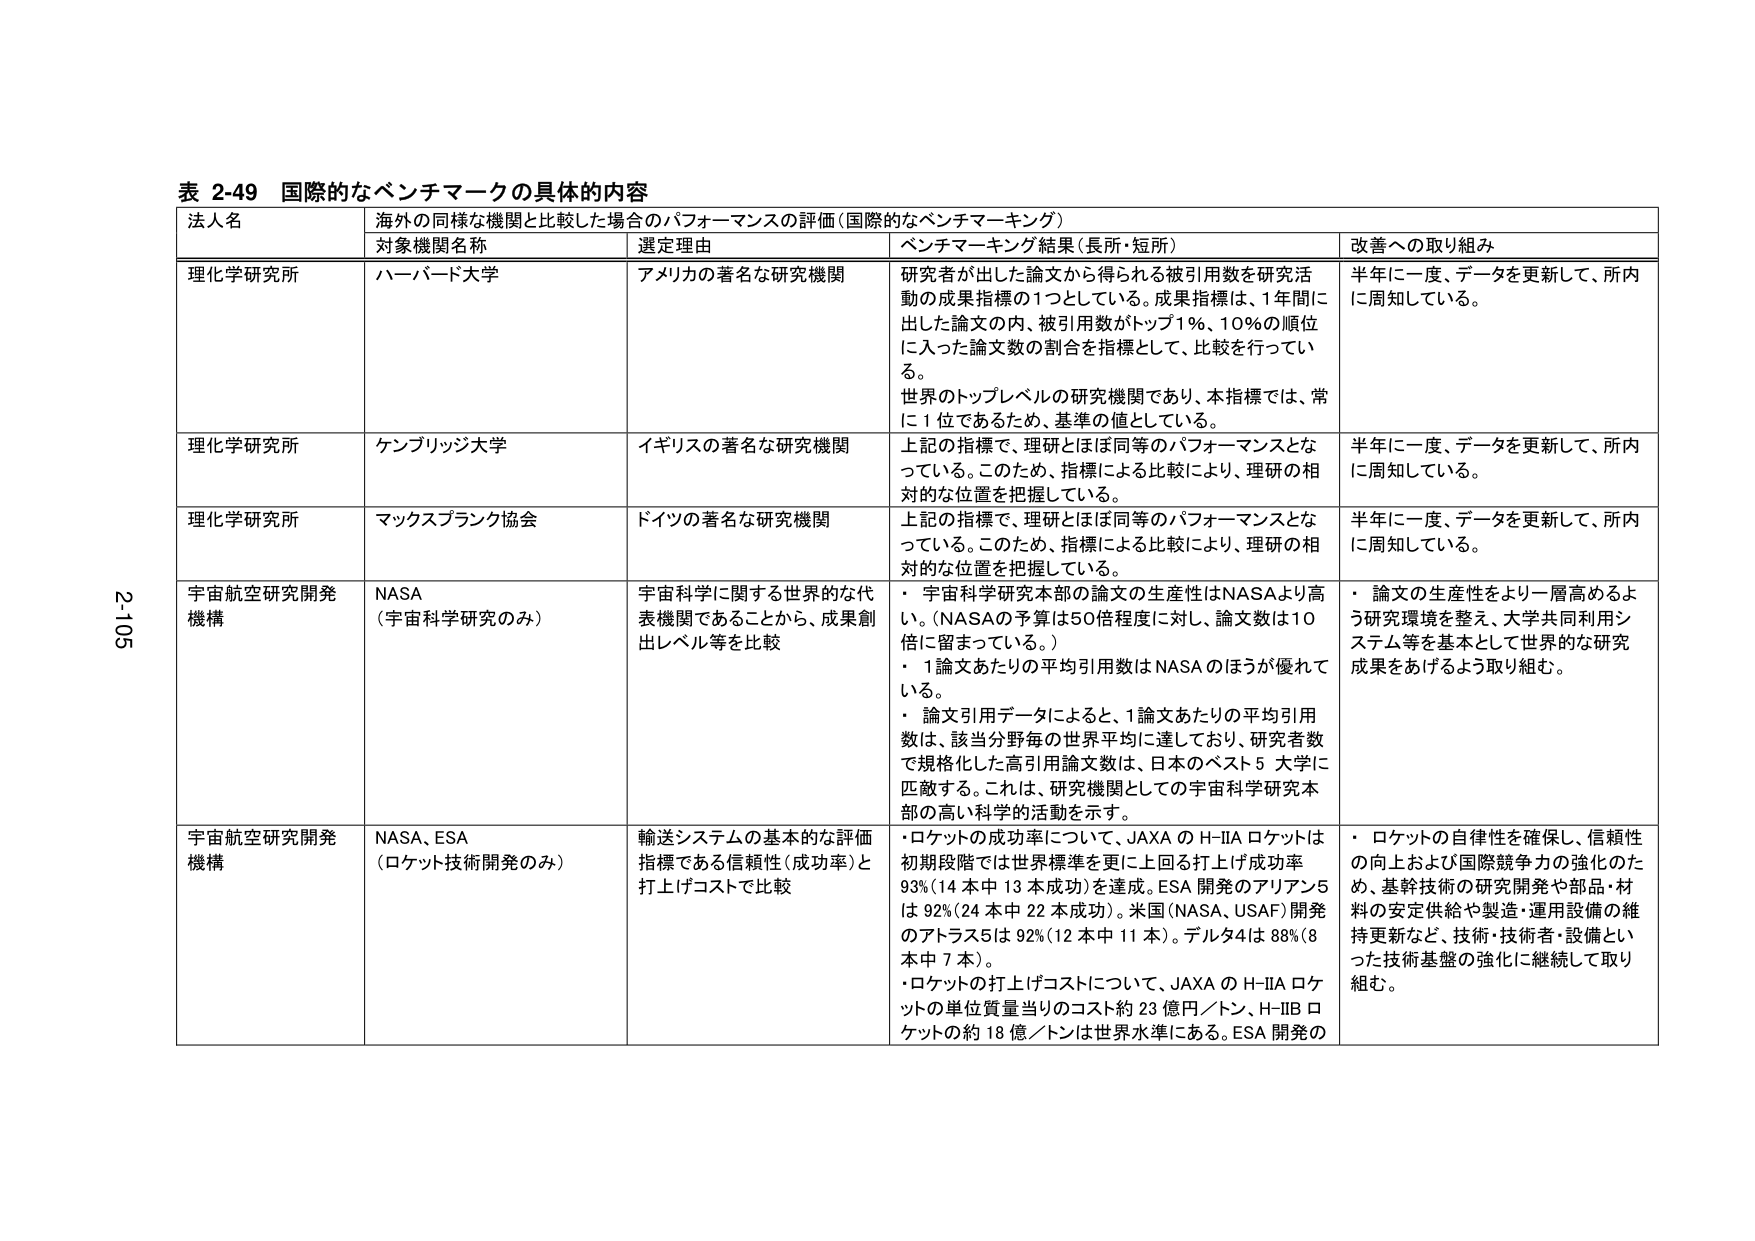
表 2-49 国際的なベンチマークの具体的内容
法人名 海外の同様な機関と比較した場合のパフォーマンスの評価（国際的なベンチマーキング）
対象機関名称 選定理由 ベンチマーキング結果（長所・短所） 改善への取り組み
理化学研究所 ハーバード大学 アメリカの著名な研究機関 研究者が出した論文から得られる被引用数を研究活動の成果指標の1つとしている。成果指標は、1年間に出した論文の内、被引用数がトップ1％、10％の順位に入った論文数の割合を指標として、比較を行っている。 世界のトップレベルの研究機関であり、本指標では、常に1位であるため、基準の値としている。 半年に一度、データを更新して、所内に周知している。
理化学研究所 ケンブリッジ大学 イギリスの著名な研究機関 上記の指標で、理研とほぼ同等のパフォーマンスとなっている。このため、指標による比較により、理研の相対的な位置を把握している。 半年に一度、データを更新して、所内に周知している。
理化学研究所 マックスプランク協会 ドイツの著名な研究機関 上記の指標で、理研とほぼ同等のパフォーマンスとなっている。このため、指標による比較により、理研の相対的な位置を把握している。 半年に一度、データを更新して、所内に周知している。
宇宙航空研究開発機構 NASA （宇宙科学研究のみ） 宇宙科学に関する世界的な代表機関であることから、成果創出レベル等を比較 ・宇宙科学研究本部の論文の生産性はNASAより高い。（NASAの予算は50倍程度に対し、論文数は10倍に留まっている。） ・1論文あたりの平均引用数はNASAのほうが優れている。 ・論文引用データによると、1論文あたりの平均引用数は、該当分野毎の世界平均に達しており、研究者数で規格化した高引用論文数は、日本のベスト5大学に匹敵する。これは、研究機関としての宇宙科学研究本部の高い科学的活動を示す。 ・論文の生産性をより一層高めるよう研究環境を整え、大学共同利用システム等を基本として世界的な研究成果をあげるよう取り組む。
宇宙航空研究開発機構 NASA、ESA （ロケット技術開発のみ） 輸送システムの基本的な評価指標である信頼性（成功率）と打上げコストで比較 ・ロケットの成功率について、JAXAのH-IIAロケットは初期段階では世界標準を更に上回る打上げ成功率93%（14本中13本成功）を達成。ESA開発のアリアン5は92%（24本中22本成功）。米国（NASA、USAF）開発のアトラス5は92%（12本中11本）。デルタ4は88%（8本中7本）。 ・ロケットの打上げコストについて、JAXAのH-IIAロケットの単位質量当たりのコスト約23億円／トン、H-IIBロケットの約18億／トンは世界水準にある。ESA開発の ・ロケットの自律性を確保し、信頼性の向上および国際競争力の強化のため、基幹技術の研究開発や部品・材料の安定供給や製造・運用設備の維持更新など、技術・技術者・設備といった技術基盤の強化に継続して取り組む。
2-105